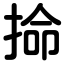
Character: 掵